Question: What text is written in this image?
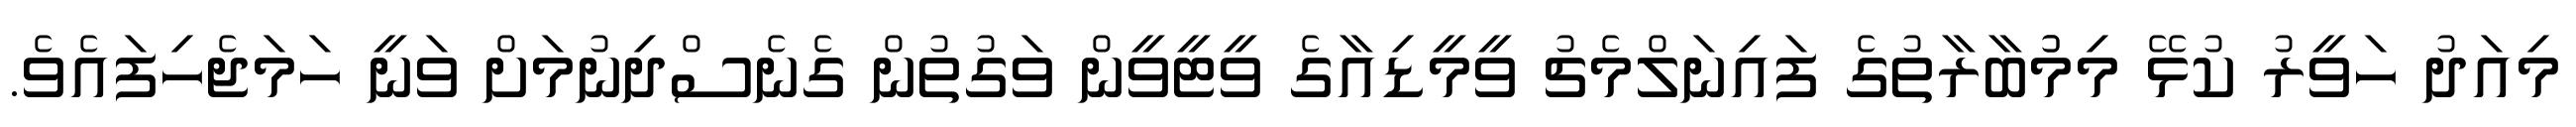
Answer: މިއަދު ހަވީރު ކުޅޭ މިމުުބާރާތުގެ ފައިނަލްމެޗު ވީމީޑިއާގެ ވީޓީވީން ވަގުތުން ގެނެސްދިނުމަށް ވަނީ ހަމަޖެހިފައެވެ.